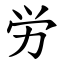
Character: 労